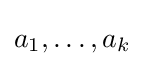
a_{1},\ldots ,a_{k}